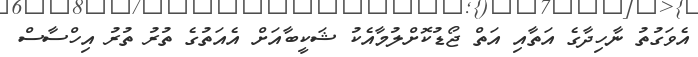
އެވަގުތު ނާހިދާގެ އަތާއި އަތް ޖޯޑުކޮށްލުމާއެކު ޝަކީބާއަށް އެއަތުގެ ތުރު ތުރު އިހްސާސް